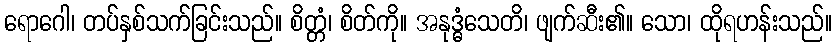
ရောဂေါ၊ တပ်နှစ်သက်ခြင်းသည်။ စိတ္တံ၊ စိတ်ကို။ အနုဒ္ဓံသေတိ၊ ဖျက်ဆီး၏။ သော၊ ထိုရဟန်းသည်။